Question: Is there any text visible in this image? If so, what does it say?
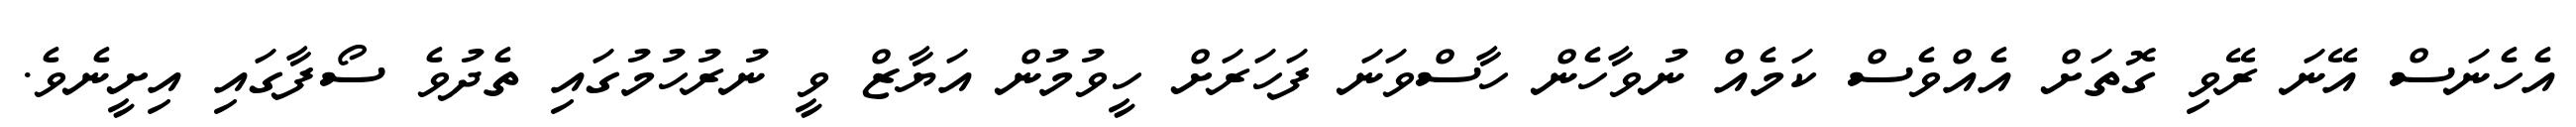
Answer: އެހެނަސް އޭނަ ރޭވި ގޮތަށް އެއްވެސް ކަމެއް ނުވާހެން ހާސްވަނަ ފަހަރަށް ހީވުމުން އަޔާޒް ވީ ނުރުހުމުގައި ތެދުވެ ސޯފާގައި އިށީނެވެ.